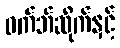
ဝက်ဘ်ဆိုက်နှင့်